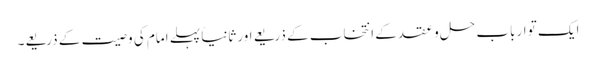
ایک تو ارباب حل و عقد کے انتخاب کے ذریعے اور ثانیاً پہلے امام کی وصیت کے ذریعے۔